Annual administration report of the Civil Veterinary Department of India - 1893-1894
Year: 1893
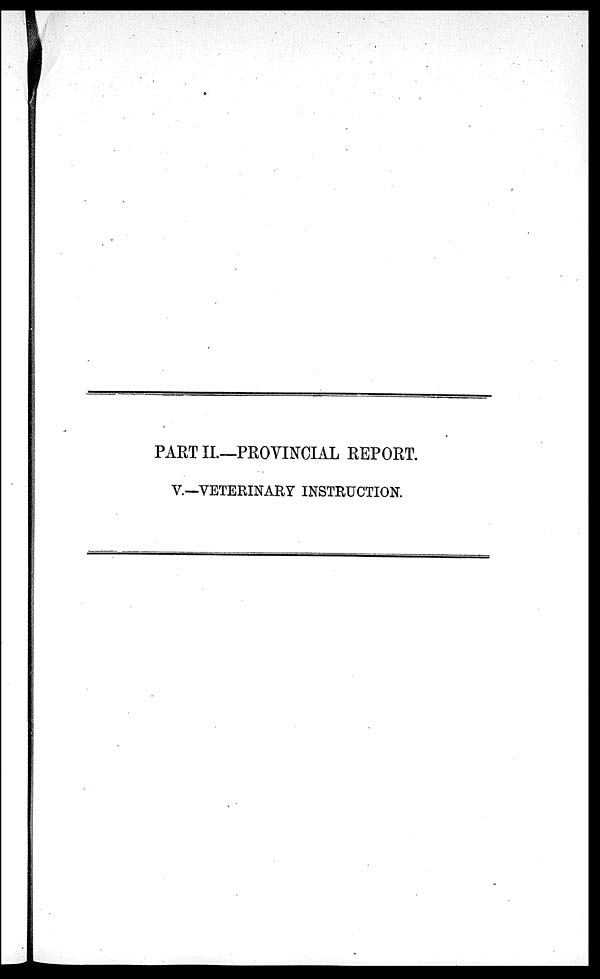
PART II.—PROVINCIAL REPORT.
V.—VETERINARY INSTRUCTION.